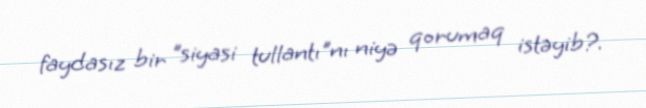
faydasız bir "siyasi tullantı"nı niyə qorumaq istəyib?.